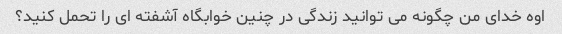
اوه خدای من چگونه می توانید زندگی در چنین خوابگاه آشفته ای را تحمل کنید؟